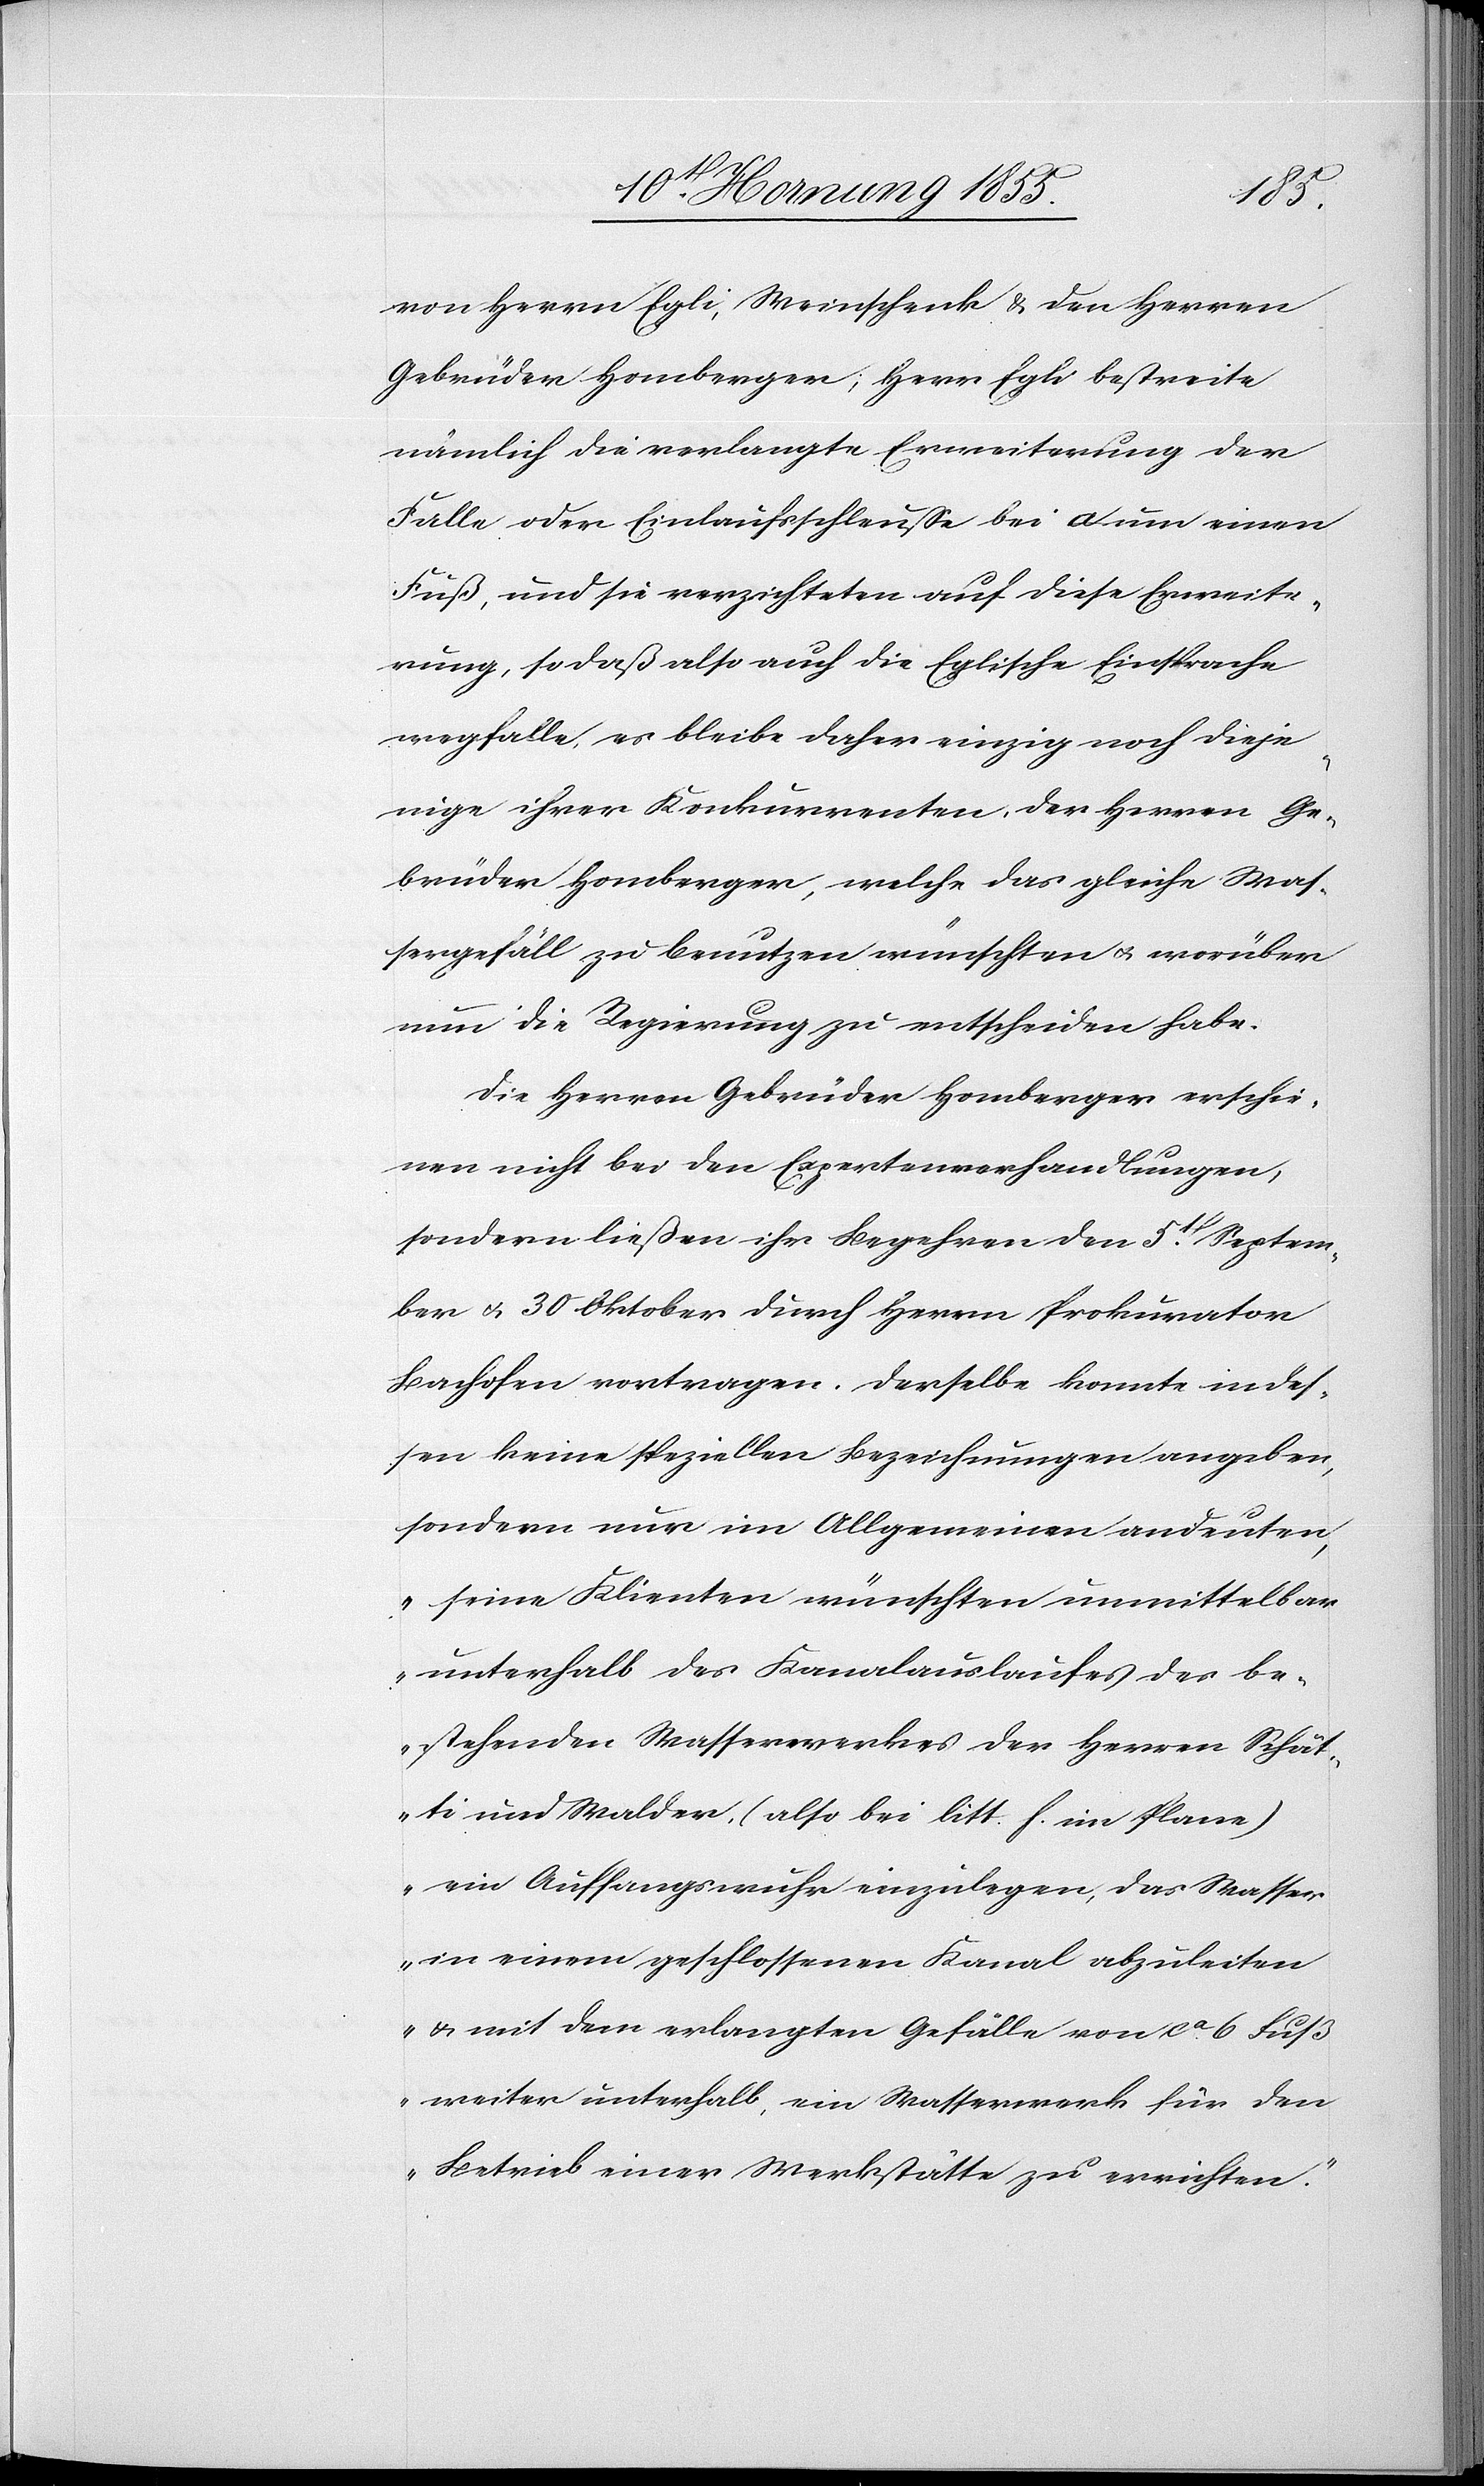
von Herrn Egli, Weinschenk & den Herren
Gebrüder Homberger; Herr Egli bestreite
nämlich die verlangte Erweiterung der
Falle oder Einlaufsschleuße bei a um einen
Fuß, und sie verzichteten auf diese Erweite¬
rung, so daß also auch die Eglische Einsprache
wegfalle, es bleibe daher einzig noch dieje¬
nige ihrer Konkurrenten, der Herren Ge¬
brüder Homberger, welche das gleiche Was¬
sergefäll zu benutzen wünschten & worüber
nun die Regierung zu entscheiden habe.
Die Herren Gebrüder Homberger erschie¬
nen nicht bei den Expertenverhandlungen,
sondern ließen ihr Begehren den 5t[en]. Septem¬
ber & 30 Oktober durch Herrn Prokurator
Bachofen vortragen. Derselbe konnte indes¬
sen keine speziellen Bezeichnungen angeben,
sondern nur im Allgemeinen andeuten,
„seine Klienten wünschten unmittelbar
unterhalb des Kanalauslaufes des be¬
stehenden Wasserwerkes der Herren Schät¬
ti und Walder, (also bei litt. f. im Plane)
ein Auffangswuhr einzulegen, das Wasser
in einem geschlossenen Kanal abzuleiten
& mit dem erlangten Gefälle von ca. 6 Fuß
weiter unterhalb, ein Wasserwerk für den
Betrieb einer Werkstätte zu errichten.“